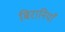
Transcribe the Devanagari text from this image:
बिरानियाँ